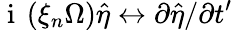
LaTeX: \mathrm{~i~}\left(\xi_{n}\Omega\right)\hat{\eta}\leftrightarrow\partial\hat{\eta}/\partial t^{\prime}